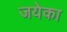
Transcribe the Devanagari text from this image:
जयेका